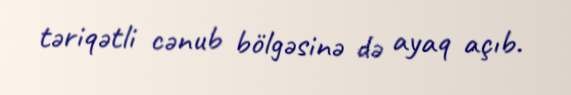
təriqətli cənub bölgəsinə də ayaq açıb.